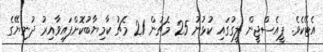
އެޓޭކެވެ. ޕީއެސްޖީން ލީގުގައި ކުޅުނު 25 މެޗުން 21 މެޗު ކާމިޔާބުކޮށްފައިވާއިރު ދުނިޔޭގެ